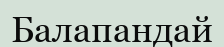
Балапандай